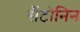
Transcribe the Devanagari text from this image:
सैंटोनिन